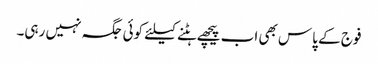
فوج کے پاس بھی اب پیچھے ہٹنے کیلئے کوئی جگہ نہیں رہی۔